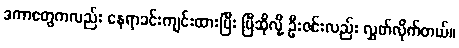
ဒကာတွေကလည်း နေရာခင်းကျင်းထားပြီး ပြီဆိုလို့ ဦးဇင်းလည်း လွှတ်လိုက်တယ်။